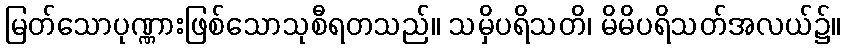
မြတ်သောပုဏ္ဏားဖြစ်သောသုစီရတသည်။ သမှိပရိသတိ၊ မိမိပရိသတ်အလယ်၌။